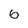
Character: 6